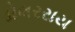
ડોલરરાય